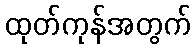
ထုတ်ကုန်အတွက်